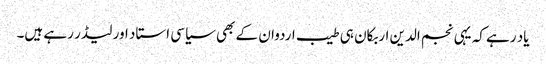
یاد رہے کہ یہی نجم الدین اربکان ہی طیب اردوان کے بھی سیاسی استاد اور لیڈر رہے ہیں۔